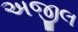
અજીલ